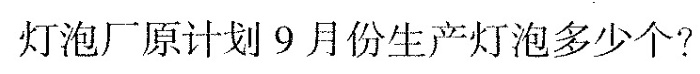
灯泡厂原计划9月份生产灯泡多少个?